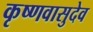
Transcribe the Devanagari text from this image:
कृष्णवासुदेव